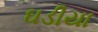
ઘડીયા